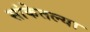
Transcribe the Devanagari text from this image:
सांकेतल्या